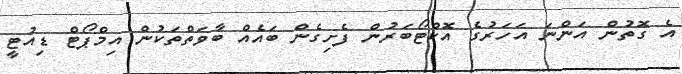
އެ ގޮތުން އަންނަ އަހަރުގެ އޮކްޓޯބަރުން ފެށިގެން ބައެއް ބާވަތްތަކުން އިމްޕޯޓް ޑިއުޓީ